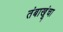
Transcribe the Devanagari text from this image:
तंबाखूंचा